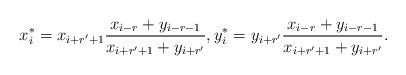
LaTeX: \begin{align*}x_i^*=x_{i+r'+1}\frac{x_{i-r}+y_{i-r-1}}{x_{i+r'+1}+y_{i+r'}},y_i^*=y_{i+r'}\frac{x_{i-r}+y_{i-r-1}}{x_{i+r'+1}+y_{i+r'}}.\end{align*}